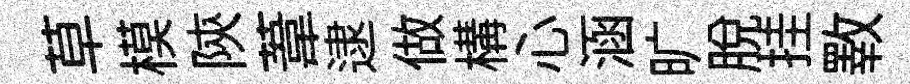
草模陝葦逮做構心涵旷脱挂斁